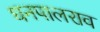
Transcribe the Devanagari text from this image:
धनपालराव